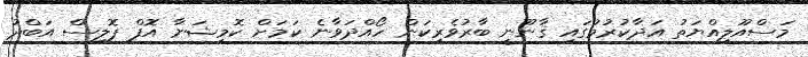
މަސްއޫލިއްޔަތު އަދާކުރުމުގައި ޤާނޫނީ ބާރުވެރިކަން ހޯއްދަވާނެ ކަމަށް ކޮމިޝަނާ އޮފް ޕޮލިސް އަބްދު